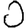
Digit: 0